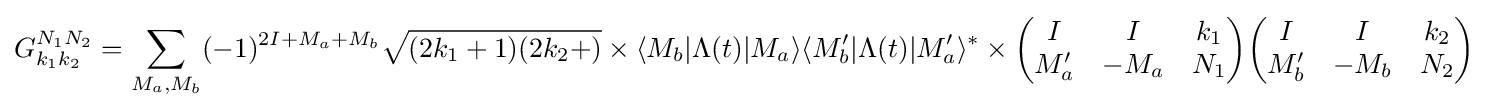
G_{k_{1}k_{2}}^{N_{1}N_{2}}=\sum _{M_{a},M_{b}}(-1)^{2I+M_{a}+M_{b}}{\sqrt {(2k_{1}+1)(2k_{2}+)}}\times \langle M_{b}|\Lambda (t)|M_{a}\rangle \langle M_{b}'|\Lambda (t)|M_{a}'\rangle ^{*}\times {\begin{pmatrix}I&I&k_{1}\\M_{a}'&-M_{a}&N_{1}\end{pmatrix}}{\begin{pmatrix}I&I&k_{2}\\M_{b}'&-M_{b}&N_{2}\end{pmatrix}}